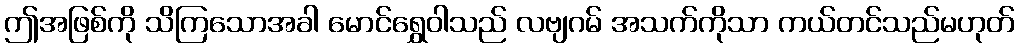
ဤအဖြစ်ကို သိကြသောအခါ မောင်ရွှေဝါသည် လဗျဂမ် အသက်ကိုသာ ကယ်တင်သည်မဟုတ်